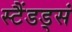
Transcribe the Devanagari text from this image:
स्टैंडड्सं